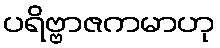
ပရိဗ္ဗာဇကမာဟု